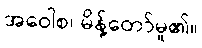
အဝေါစ၊ မိန့်တော်မူ၏။